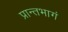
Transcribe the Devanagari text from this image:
प्रान्तभागं